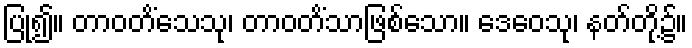
ပြု၍။ တာဝတိံသေသု၊ တာဝတိံသာဖြစ်သော။ ဒေဝေသု၊ နတ်တို့၌။